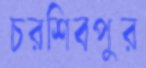
চরশিবপুর